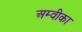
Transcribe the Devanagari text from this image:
अम्वीका